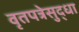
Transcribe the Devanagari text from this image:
वृतपत्रेसुद्धा